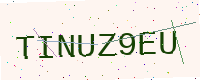
Text: TINUZ9EU